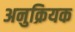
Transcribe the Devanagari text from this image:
अनुक्रियक